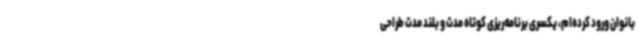
بانوان ورود کرده‌ام، یکسری برنامه‌ریزی کوتاه مدت و بلند مدت طراحی